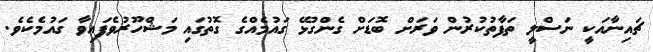
ޗައިނާއަކީ ނަސްލީ ތަފާތުކުރުން ވަރަށް ބޮޑަށް ގެންގުޅޭ ގައުމެއްގެ ގޮތުގައި މަޝްހޫރުވެފައިވާ ގައުމެކެވެ.